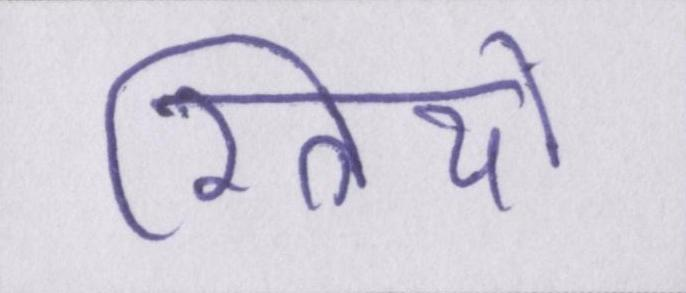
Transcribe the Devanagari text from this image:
स्त्रियों